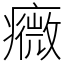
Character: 癓